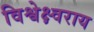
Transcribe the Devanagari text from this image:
विश्वेक्ष्वराय